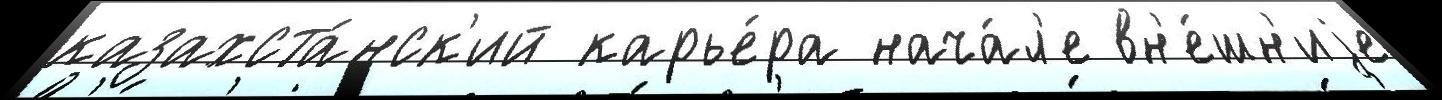
казахста́нск'ий карье́ра нача́л'е вн'е́шн'иjе